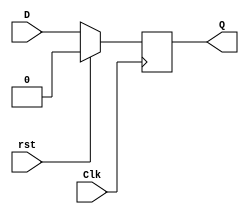
module D_Flip_Flop(Q, D, Clk, rst);
    input D;
    input Clk;
    output reg Q;
    input rst;

    initial Q = 0;

    always @ (posedge Clk) begin
        if(rst == 1'b1)
            Q <= 1'b0;
        else
            Q <= D;
    end
endmodule